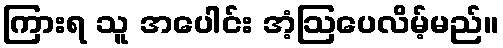
ကြားရ သူ အပေါင်း အံ့ဩပေလိမ့်မည်။